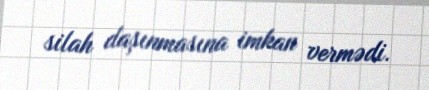
silah daşınmasına imkan vermədi.